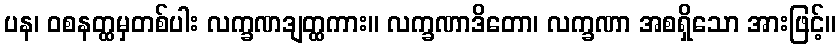
ပန၊ ဝစနတ္ထမှတစ်ပါး လက္ခဏဒျတ္ထကား။ လက္ခဏာဒိတော၊ လက္ခဏာ အစရှိသော အားဖြင့်။